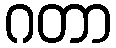
ဂတာ